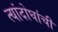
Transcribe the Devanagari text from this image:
त्यांदोघांची